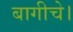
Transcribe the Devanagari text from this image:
बागीचे।